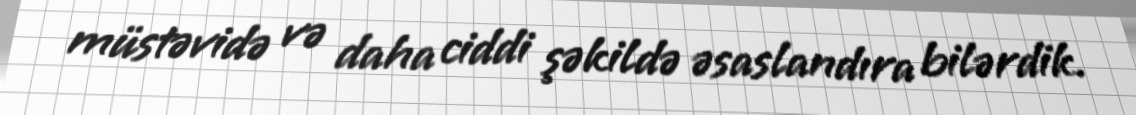
müstəvidə və daha ciddi şəkildə əsaslandıra bilərdik.